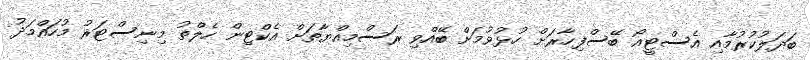
ބަދަލުކުރުމާއި އެސްޓީއޯ ބޭސްފިހާރަށް ހުޅުވުމަށް ބޭއްވި ރަސްމިއްޔާތަށް އެކްޓިން ހެލްތު މިނިސްޓަރު މުހައްމަދު